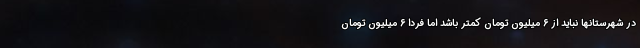
در شهرستانها نباید از ۶ میلیون تومان کمتر باشد اما فردا ۶ میلیون تومان